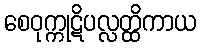
စေဝုက္ကုဋိပလ္လတ္ထိကာယ